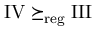
\mathrm { I V } \succeq _ { \mathrm { r e g } } \mathrm { I I I }